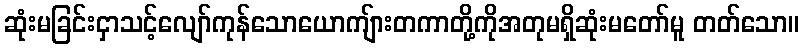
ဆုံးမခြင်းငှာသင့်လျော်ကုန်သောယောကျ်ားတကာတို့ကိုအတုမရှိဆုံးမတော်မူ တတ်သော။